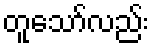
တူသော်လည်း